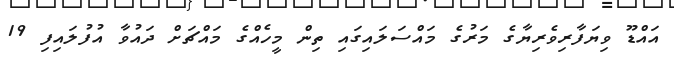
އައްޑޫ ވިޔަފާރިވެރިޔާގެ މަރުގެ މައްސަލައިގައި ތިން މީހެއްގެ މައްޗަށް ދައުވާ އުފުލައިފި 19